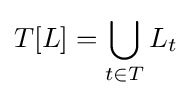
T[L]=\bigcup _{t\in T}L_{t}